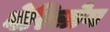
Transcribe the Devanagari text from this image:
वेरिलोग